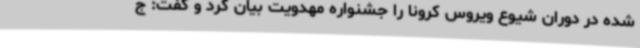
شده در دوران شیوع ویروس کرونا را جشنواره مهدویت بیان کرد و گفت: ج